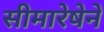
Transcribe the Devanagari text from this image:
सीमारेषेने